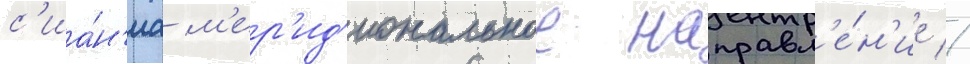
с'иа́н'иа м'ер'ид'иональное направл'е́н'ие //